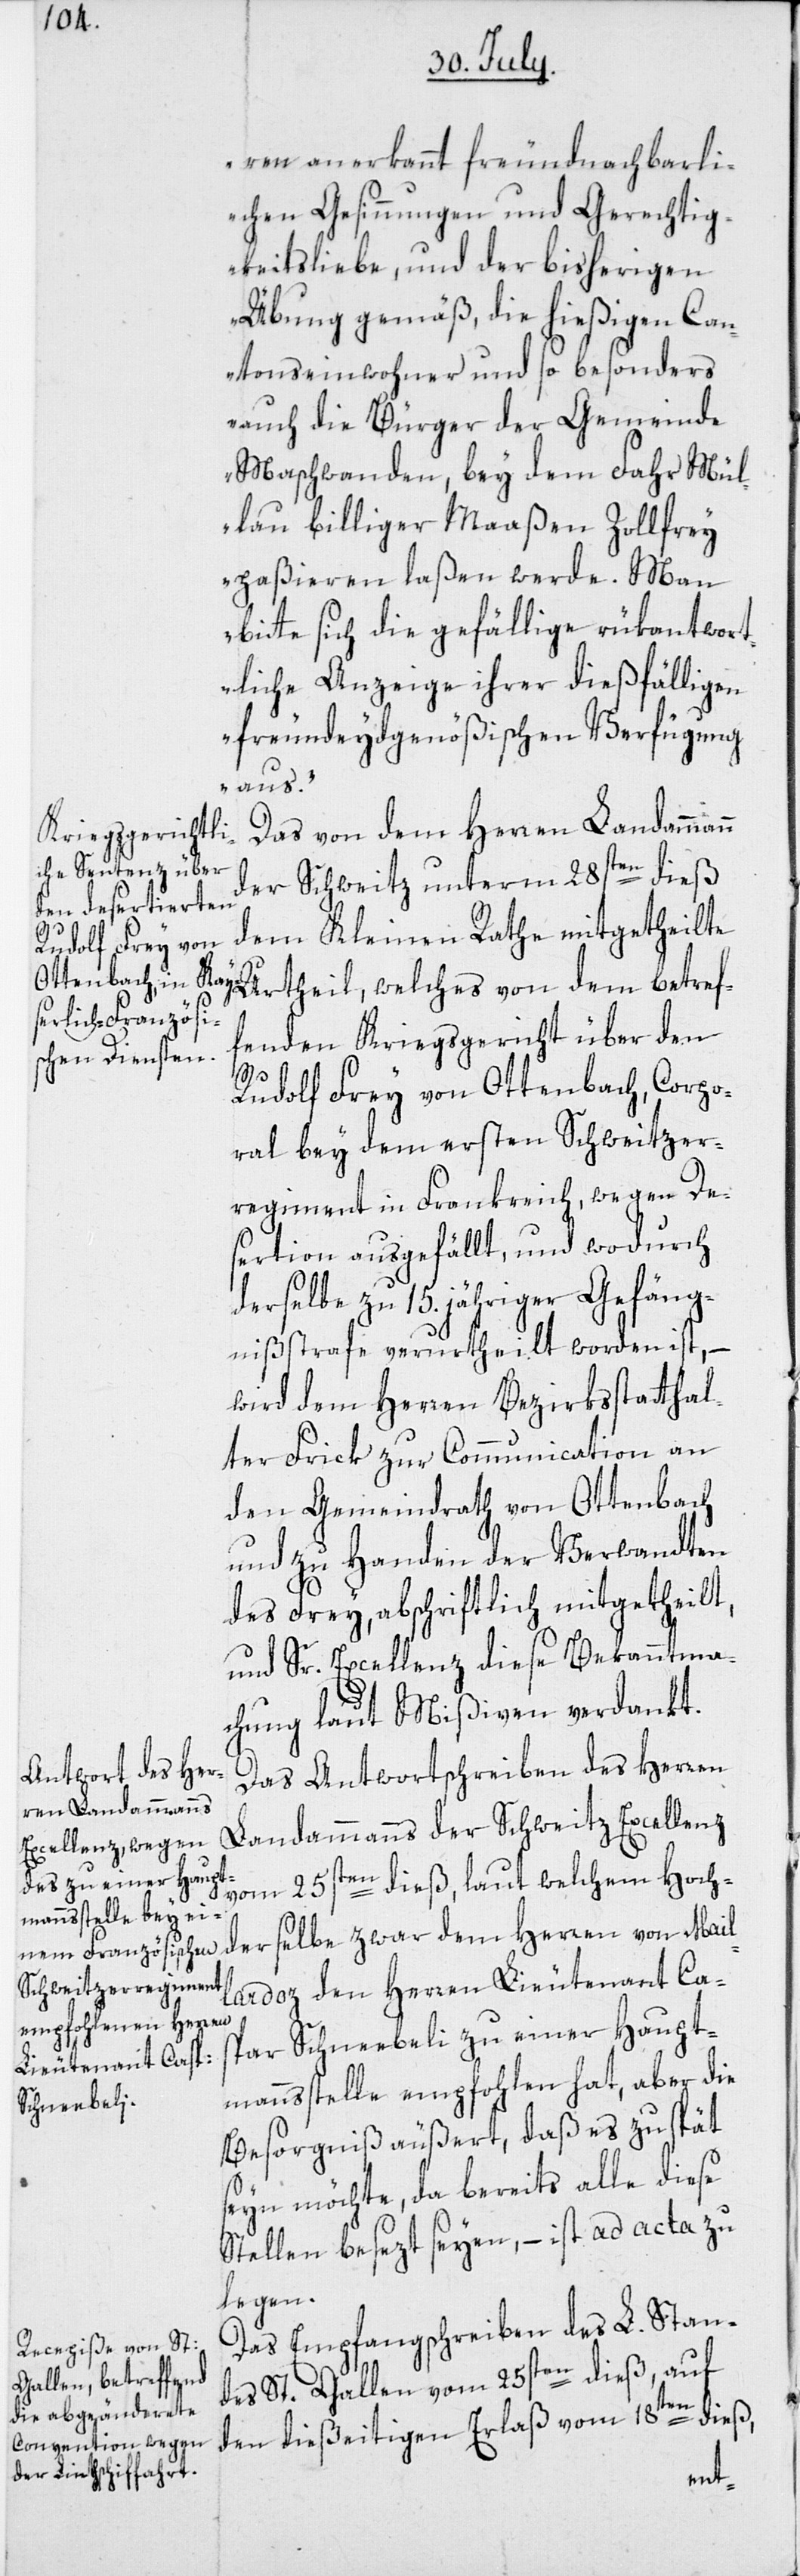
ren anerkannt freundnachbarli¬
chen Gesinnungen und Gerechtig¬
keitsliebe, und der bisherigen
Übung gemäß, die hießigen Can¬
tonseinwohner und so besonders
auch die Bürger der Gemeinde
Maschwanden, bey dem Fahr Mül¬
lau billiger Maaßen Zollfrey
paßieren laßen werde. Man
bitte sich die gefällige rükantwort¬
liche Anzeige ihrer dießfälligen
freundeydsgenößischen Verfügung
aus.“
Das von dem Herren Landammann
der Schweitz unterm 28sten dieß
dem Kleinen Rathe mitgetheilte
fenden Kriegsgericht über den
Rudolf Frey von Ottenbach, Corpo¬
ral bey dem ersten Schweitzer¬
regiment in Frankreich, wegen De¬
sertion ausgefällt, und wodurch
derselbe zu 15.jähriger Gefäng¬
nißstrafe verurtheilt worden ist, –
wird dem Herren Bezirksstatthal¬
ter Frick zur Communication an
den Gemeindrath von Ottenbach
und zu Handen der Verwandten
des Frey, abschriftlich mitgetheilt,
und Sr. Excellenz diese Bekanntma¬
chung laut Mißiven verdankt.
Das Antwortschreiben des Herren
Landammanns der Schweitz Excellenz
vom 25sten dieß, laut welchem Hoch¬
derselbe zwar dem Herren von Mail¬
lardoz den Herren Lieutenant Ca¬
spar Schneebeli zu einer Haupt¬
manns-Stelle empfohlen hat, aber die
Besorgniß äußert, daß es zu spät
seyn möchte, da bereits alle diese
Stellen besezt seyen, – ist ad acta zu
legen.
Das Empfangsschreiben des L. Stan¬
des St. Gallen vom 25sten dieß, auf
den dießeitigen Erlaß vom 18ten dieß,
ref¬